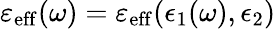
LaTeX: \varepsilon_{\mathrm{eff}}(\omega)=\varepsilon_{\mathrm{eff}}(\epsilon_{1}(\omega),\epsilon_{2})